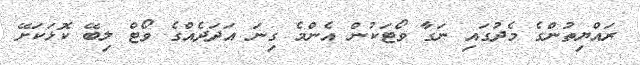
ރައްޔިތުންގެ މެދުގައި ނަގާ ވޯޓަކުން އެންމެ ގިނަ އަދަދެއްގެ ވޯޓް ލިބޭ ކޮޅަކަށޭ